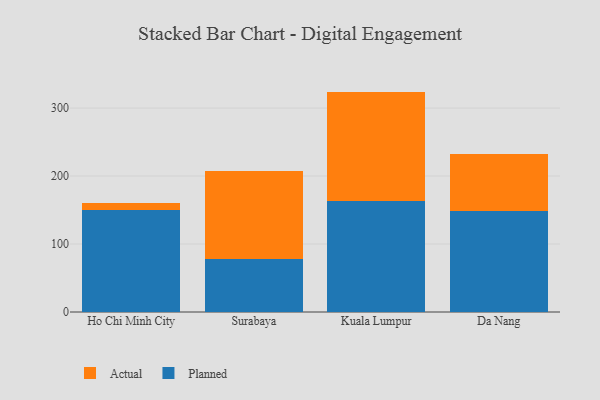
{"axis": {"x": "City", "y": "Budget (USD K)"}, "legend": ["Actual", "Planned"], "data": [{"x": "Ho Chi Minh City", "y": 149.7, "type": "Planned"}, {"x": "Ho Chi Minh City", "y": 10.9, "type": "Actual"}, {"x": "Surabaya", "y": 77.4, "type": "Planned"}, {"x": "Surabaya", "y": 129.5, "type": "Actual"}, {"x": "Kuala Lumpur", "y": 162.6, "type": "Planned"}, {"x": "Kuala Lumpur", "y": 161.6, "type": "Actual"}, {"x": "Da Nang", "y": 148.9, "type": "Planned"}, {"x": "Da Nang", "y": 84.1, "type": "Actual"}]}